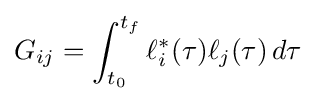
G_{ij}=\int _{t_{0}}^{t_{f}}\ell _{i}^{*}(\tau )\ell _{j}(\tau )\,d\tau